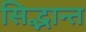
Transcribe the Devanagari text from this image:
सिद्भान्त